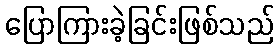
ပြောကြားခဲ့ခြင်းဖြစ်သည်